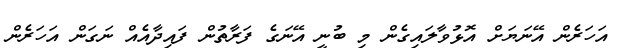
އަހަރެން އޭނަޔަށް އޮޅުވާލައިގެން މި ބުނީ އޭނަގެ ފަރާތުން ފައިދާއެއް ނަަގަން އަހަރެން